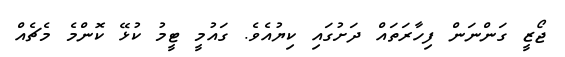
ޖޯޒީ ގަންނަން ފިހާރަތައް ދަށުގައި ކިޔުއެވެ. ގައުމީ ޓީމު ކުޅޭ ކޮންމެ މެޗެއް